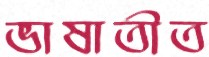
ভাষাতীত